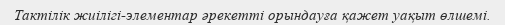
Тактілік жиілігі-элементар әрекетті орындауға қажет уақыт өлшемі.